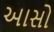
આસો